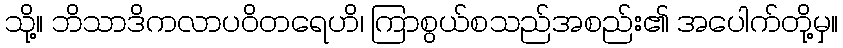
သို့။ ဘိသာဒိကလာပဝိတရေဟိ၊ ကြာစွယ်စသည်အစည်း၏ အပေါက်တို့မှ။